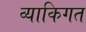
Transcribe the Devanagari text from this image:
व्याकिगत